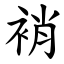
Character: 䘯